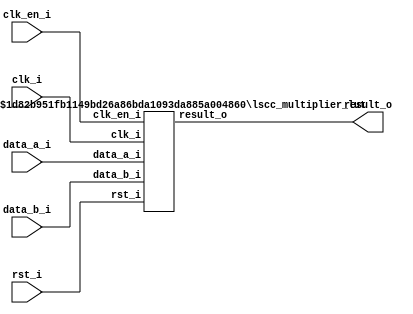
// =============================================================================
// >>>>>>>>>>>>>>>>>>>>>>>>> COPYRIGHT NOTICE <<<<<<<<<<<<<<<<<<<<<<<<<<<<<<<<<<
// -----------------------------------------------------------------------------
//   Copyright (c) 2017 by Lattice Semiconductor Corporation
//   ALL RIGHTS RESERVED
// -----------------------------------------------------------------------------
//
//   Permission:
//
//      Lattice SG Pte. Ltd. grants permission to use this code
//      pursuant to the terms of the Lattice Reference Design License Agreement.
//
//
//   Disclaimer:
//
//      This VHDL or Verilog source code is intended as a design reference
//      which illustrates how these types of functions can be implemented.
//      It is the user's responsibility to verify their design for
//      consistency and functionality through the use of formal
//      verification methods.  Lattice provides no warranty
//      regarding the use or functionality of this code.
//
// -----------------------------------------------------------------------------
//
//                  Lattice SG Pte. Ltd.
//                  101 Thomson Road, United Square #07-02
//                  Singapore 307591
//
//
//                  TEL: 1-800-Lattice (USA and Canada)
//                       +65-6631-2000 (Singapore)
//                       +1-503-268-8001 (other locations)
//
//                  web: http://www.latticesemi.com/
//
// -----------------------------------------------------------------------------
//
// =============================================================================
//                         FILE DETAILS
// Project               :
// Title                 :
// Dependencies          :
// Description           : A two-input multiplier that performs signed/unsigned
//                       : multiplication of the data from inputs data_a_i and
//                       : data_b_i with an optional constant multiplier. The
//                       : output result_o carries the Product of the
//                       : multiplication operation.
// =============================================================================
//                        REVISION HISTORY
// Version               : 1.0.0.
// Author(s)             :
// Mod. Date             :
// Changes Made          : Initial release.
// =============================================================================

`ifndef LSCC_MULTIPLIER
`define LSCC_MULTIPLIER
module lscc_multiplier #
// -----------------------------------------------------------------------------
// Module Parameters
// -----------------------------------------------------------------------------
(
parameter                    USE_COEFF = 0,
parameter [31:0]             COEFF     = 32'd2,
parameter integer            A_WIDTH   = 9,
parameter integer            B_WIDTH   = 9,
parameter                    A_SIGNED  = "on",
parameter                    B_SIGNED  = "on",
parameter                    USE_IREG  = "on",
parameter                    USE_OREG  = "on",
parameter integer            PIPELINES = 1,
parameter                    IMPL      = "LUT"
)
// -----------------------------------------------------------------------------
// Input/Output Ports
// -----------------------------------------------------------------------------
(
                             clk_i,
                             clk_en_i,
                             rst_i,
                             data_a_i,
                             data_b_i,
                             result_o
);

// -----------------------------------------------------------------------------
// Local Parameters
// -----------------------------------------------------------------------------
localparam                   C_SIGN         = COEFF[31];
localparam                   COEFF_EN       = (USE_COEFF == 0) ? 1'b0 : 1'b1;
localparam [31:0]            COEFF_ABS      = {(COEFF ^ {32{C_SIGN}}) + C_SIGN};
localparam integer           C_WDT          = clog2(COEFF_ABS);
localparam integer           X_WDT          = COEFF_EN ? C_WDT : B_WIDTH;
localparam integer           M_WDT          = (A_WIDTH + X_WDT);

// -----------------------------------------------------------------------------
// Input/Output Declarations
// -----------------------------------------------------------------------------
input                        clk_i;
input                        clk_en_i;
input                        rst_i;
input [A_WIDTH-1:0]          data_a_i;
input [B_WIDTH-1:0]          data_b_i;
output wire [M_WDT-1:0]      result_o;

// -----------------------------------------------------------------------------
// Generate Module Instantiations
// -----------------------------------------------------------------------------
generate
  if (IMPL == "LUT") begin
    lscc_multiplier_lut #(
      .USE_COEFF             (USE_COEFF),
      .COEFF                 (COEFF),
      .A_WIDTH               (A_WIDTH),
      .B_WIDTH               (B_WIDTH),
      .A_SIGNED              (A_SIGNED),
      .B_SIGNED              (B_SIGNED),
      .USE_IREG              (USE_IREG),
      .USE_OREG              (USE_OREG),
      .PIPELINES             (PIPELINES)
    )
    u_lscc_multiplier_lut (
      .clk_i                 (clk_i),
      .clk_en_i              (clk_en_i),
      .rst_i                 (rst_i),
      .data_a_i              (data_a_i[A_WIDTH-1:0]),
      .data_b_i              (data_b_i[B_WIDTH-1:0]),
      .result_o              (result_o[M_WDT-1:0])
    );
  end
  else begin
    lscc_multiplier_dsp #(
      .USE_COEFF             (USE_COEFF),
      .COEFF                 (COEFF),
      .A_WIDTH               (A_WIDTH),
      .B_WIDTH               (B_WIDTH),
      .A_SIGNED              (A_SIGNED),
      .B_SIGNED              (B_SIGNED),
      .USE_IREG              (USE_IREG),
      .USE_OREG              (USE_OREG),
      .PIPELINES             (PIPELINES)
    )
    u_lscc_multiplier_dsp (
      .clk_i                 (clk_i),
      .clk_en_i              (clk_en_i),
      .rst_i                 (rst_i),
      .data_a_i              (data_a_i[A_WIDTH-1:0]),
      .data_b_i              (data_b_i[B_WIDTH-1:0]),
      .result_o              (result_o[M_WDT-1:0])
    );
  end
endgenerate

// -----------------------------------------------------------------------------
// Function Definition
// -----------------------------------------------------------------------------
function integer clog2;
  input integer value;
  integer       val;
  begin
    val = (value < 1) ? 1 : value;
    for (clog2 = 0 ; val > 0 ; clog2 = clog2 + 1)
      val = (val >> 1);
  end
endfunction

endmodule

// =============================================================================
// Submodule             : lscc_multiplier_lut.v
// =============================================================================
module lscc_multiplier_lut #
// -----------------------------------------------------------------------------
// Module Parameters
// -----------------------------------------------------------------------------
(
parameter                    USE_COEFF = 0,
parameter [31:0]             COEFF     = 32'd2,
parameter integer            A_WIDTH   = 9,
parameter integer            B_WIDTH   = 9,
parameter                    A_SIGNED  = "on",
parameter                    B_SIGNED  = "on",
parameter                    USE_IREG  = "on",
parameter                    USE_OREG  = "on",
parameter integer            PIPELINES = 1
)
// -----------------------------------------------------------------------------
// Input/Output Ports
// -----------------------------------------------------------------------------
(
                             clk_i,
                             clk_en_i,
                             rst_i,
                             data_a_i,
                             data_b_i,
                             result_o
);

// -----------------------------------------------------------------------------
// Local Parameters
// -----------------------------------------------------------------------------
localparam                   A_SIGN         = (A_SIGNED == "on") ? 1'b1 : 1'b0;
localparam                   B_SIGN         = (B_SIGNED == "on") ? 1'b1 : 1'b0;
localparam                   C_SIGN         = COEFF[31];
localparam                   COEFF_EN       = (USE_COEFF == 0) ? 1'b0 : 1'b1;
localparam [31:0]            COEFF_ABS      = {(COEFF ^ {32{C_SIGN}}) + C_SIGN};
localparam integer           C_WDT          = clog2(COEFF_ABS);
localparam integer           X_WDT          = COEFF_EN ? C_WDT : B_WIDTH ;
localparam integer           M_WDT          = (A_WIDTH + X_WDT);
localparam                   A_WDT_GT_X_WDT = (COEFF_EN | (A_WIDTH > B_WIDTH));
localparam integer           MAX_WDT        = A_WDT_GT_X_WDT ? A_WIDTH : B_WIDTH ;
localparam integer           PIPES          = (PIPELINES > MAX_WDT) ? MAX_WDT : PIPELINES;
localparam integer           SFT_WDT        = (PIPES > 1) ? (MAX_WDT/PIPES) : MAX_WDT;
localparam [C_WDT-1:0]       C_VAL          = COEFF        ;
localparam [A_WIDTH-1:0]     A_VAL_0        = {A_WIDTH{1'b0}};
localparam [B_WIDTH-1:0]     B_VAL_0        = {B_WIDTH{1'b0}};
localparam [M_WDT-1:0]       M_VAL_0        = {M_WDT{1'b0}};

// -----------------------------------------------------------------------------
// Input/Output Declarations
// -----------------------------------------------------------------------------
input                        clk_i;
input                        clk_en_i;
input                        rst_i;
input [A_WIDTH-1:0]          data_a_i;
input [B_WIDTH-1:0]          data_b_i;
output reg [M_WDT-1:0]       result_o;

// -----------------------------------------------------------------------------
// Combinatorial/Sequential Registers
// -----------------------------------------------------------------------------
reg [A_WIDTH-1:0]            A_reg;
reg [B_WIDTH-1:0]            B_reg;

// -----------------------------------------------------------------------------
// Wire Declarations
// -----------------------------------------------------------------------------
wire [M_WDT-1:0]             AxB_i /*synthesis syn_multstyle="logic"*/;

wire                         A_neg = (A_SIGN & A_reg[A_WIDTH-1]);
wire                         B_neg = (B_SIGN & B_reg[B_WIDTH-1]);
wire signed [A_WIDTH:0]      A_se  = {A_neg , A_reg};
wire signed [B_WIDTH:0]      B_se  = {B_neg , B_reg};
wire signed [C_WDT:0]        C_se  = {C_SIGN, C_VAL};
wire signed [X_WDT:0]        X_se  = USE_COEFF ? C_se : B_se ;

// -----------------------------------------------------------------------------
// Generate Combinatorial/Sequential Blocks
// -----------------------------------------------------------------------------
generate
  if (USE_IREG == "on") begin : U_I_REG_ON
    // -----------------
    // Sequential Input
    // -----------------
    always @ (posedge clk_i or posedge rst_i) begin
      if (rst_i) begin
        A_reg <= A_VAL_0;
        B_reg <= B_VAL_0;
      end
      else if (clk_en_i) begin
        A_reg <= data_a_i;
        B_reg <= data_b_i;
      end
    end
  end  // U_I_REG_ON
  else begin : U_I_REG_OFF
    // --------------------
    // Combinatorial Input
    // --------------------
    always @* begin
      A_reg = data_a_i;
      B_reg = data_b_i;
    end
  end  // U_I_REG_OFF
endgenerate

generate
  if (PIPES > 0) begin : U_PIPELINES_GT_0
    // -------------------------------------------------------------------------
    // PIPELINED
    // Multiplication here happens as given below.
    // Reset: All pipes initialized to All 0's
    // Stage 0: Multiply raw inputs with Shift Width on one of them
    // Others : Multiply piped inputs with Shift Width on one of them and
    // accumulate with the value from the previous pipe
    // -------------------------------------------------------------------------
    reg signed [A_WIDTH:0]   cA_pipe [PIPES-1:0];
    reg signed [A_WIDTH:0]   sA_pipe [PIPES-1:0];
    reg signed [A_WIDTH:0]   A_pipe  [PIPES-1:0] /*synthesis syn_ramstyle="registers"*/;
    reg signed [X_WDT:0]     cX_pipe [PIPES-1:0];
    reg signed [X_WDT:0]     sX_pipe [PIPES-1:0];
    reg signed [X_WDT:0]     X_pipe  [PIPES-1:0] /*synthesis syn_ramstyle="registers"*/;

    reg signed [M_WDT-1:0]   pp_pipe  [PIPES-1:0] /*synthesis syn_multstyle="logic"*/;
    reg signed [M_WDT-1:0]   spp_pipe [PIPES-1:0];
    reg signed [M_WDT-1:0]   AxB_pipe [PIPES-1:0];

    always @* begin
      A_pipe[0] = A_se;
      X_pipe[0] = X_se;
    end

    integer i;
    always @* begin
      for (i = 0 ; i < (PIPES-1) ; i = i + 1) begin
        if (A_WDT_GT_X_WDT) begin
          sA_pipe[i]              = {A_WIDTH+1{1'b0}};
          sA_pipe[i][SFT_WDT-1:0] =  A_pipe[i][SFT_WDT-1:0];
          sX_pipe[i]              =  X_pipe[i];
          cX_pipe[i]              =  X_pipe[i];
          cA_pipe[i]              = (A_pipe[i] >>> SFT_WDT);
        end
        else begin
          sX_pipe[i]              = {X_WDT+1{1'b0}};
          sX_pipe[i][SFT_WDT-1:0] =  X_pipe[i][SFT_WDT-1:0];
          sA_pipe[i]              =  A_pipe[i];
          cA_pipe[i]              =  A_pipe[i];
          cX_pipe[i]              = (X_pipe[i] >>> SFT_WDT);
        end
      end
      sA_pipe[PIPES-1] =  A_pipe[PIPES-1];
      sX_pipe[PIPES-1] =  X_pipe[PIPES-1];
    end

    integer j;
    always @* begin
      for (j = 0 ; j < PIPES ; j = j + 1) begin
        pp_pipe[j]  = (sA_pipe[j] * sX_pipe[j]);
        spp_pipe[j] = (pp_pipe[j] << (j*SFT_WDT));
      end
    end

    integer k;
    always @ (posedge clk_i or posedge rst_i) begin
      if (rst_i) begin
        for (k = 1 ; k < PIPES ; k = k + 1) begin
          A_pipe[k]   <= {A_WIDTH+1{1'b0}};
          X_pipe[k]   <= {X_WDT+1{1'b0}};
          AxB_pipe[k] <= M_VAL_0;
        end
        AxB_pipe[0] <= M_VAL_0;
      end
      else if (clk_en_i) begin
        for (k = 1 ; k < PIPES ; k = k + 1) begin
          A_pipe[k]   <= cA_pipe[k-1];
          X_pipe[k]   <= cX_pipe[k-1];
          AxB_pipe[k] <= {AxB_pipe[k-1] + spp_pipe[k]};
        end
        AxB_pipe[0] <= spp_pipe[0];
      end
    end

    assign AxB_i = AxB_pipe[PIPES-1];

  end  // U_PIPELINES_GT_0
  else begin : U_PIPELINES_EQ_0
    // --------------
    // Combinatorial
    // --------------
    assign AxB_i = (A_se * X_se);
  end  // U_PIPELINES_EQ_0
endgenerate

generate
  if (USE_OREG == "on") begin : U_O_REG_ON
    // ------------------
    // Sequential Output
    // ------------------
    always @ (posedge clk_i or posedge rst_i) begin
      if (rst_i) begin
        result_o <= M_VAL_0;
      end
      else if (clk_en_i) begin
        result_o <= AxB_i;
      end
    end
  end  // U_O_REG_ON
  else begin : U_O_REG_OFF
    // ---------------------
    // Combinatorial Output
    // ---------------------
    always @* begin
      result_o = AxB_i;
    end
  end  // U_O_REG_OFF
endgenerate

// -----------------------------------------------------------------------------
// Function Definition
// -----------------------------------------------------------------------------
function integer clog2;
  input integer value;
  integer       val;
  begin
    val = (value < 1) ? 1 : value;
    for (clog2 = 0 ; val > 0 ; clog2 = clog2 + 1)
      val = (val >> 1);
  end
endfunction

endmodule

// =============================================================================
// Submodule             : lscc_multiplier_dsp.v
// =============================================================================
module lscc_multiplier_dsp #
// -----------------------------------------------------------------------------
// Module Parameters
// -----------------------------------------------------------------------------
(
parameter                    USE_COEFF = 1'b0,
parameter [31:0]             COEFF     = 32'd2,
parameter integer            A_WIDTH   = 9,
parameter integer            B_WIDTH   = 9,
parameter                    A_SIGNED  = "on",
parameter                    B_SIGNED  = "on",
parameter                    USE_IREG  = "on",
parameter                    USE_OREG  = "on",
parameter integer            PIPELINES = 1
)
// -----------------------------------------------------------------------------
// Input/Output Ports
// -----------------------------------------------------------------------------
(
                             clk_i,
                             clk_en_i,
                             rst_i,
                             data_a_i,
                             data_b_i,
                             result_o
);

// -----------------------------------------------------------------------------
// Local Parameters
// -----------------------------------------------------------------------------
localparam                   A_SIGN         = (A_SIGNED == "on") ? 1'b1 : 1'b0;
localparam                   B_SIGN         = (B_SIGNED == "on") ? 1'b1 : 1'b0;
localparam                   C_SIGN         = COEFF[31];
localparam                   COEFF_EN       = (USE_COEFF == 0) ? 1'b0 : 1'b1;
localparam [31:0]            COEFF_ABS      = {(COEFF ^ {32{C_SIGN}}) + C_SIGN};
localparam integer           C_WDT          = clog2(COEFF_ABS);
localparam integer           X_WDT          = COEFF_EN ? C_WDT : B_WIDTH ;
localparam integer           M_WDT          = (A_WIDTH + X_WDT);
localparam                   A_WDT_GT_X_WDT = (COEFF_EN | (A_WIDTH > B_WIDTH));
localparam integer           MAX_WDT        = A_WDT_GT_X_WDT ? A_WIDTH : B_WIDTH ;
localparam integer           PIPES          = (PIPELINES > MAX_WDT) ? MAX_WDT : PIPELINES;
localparam integer           SFT_WDT        = (PIPES > 1) ? (MAX_WDT/PIPES) : MAX_WDT;
localparam [C_WDT-1:0]       C_VAL          = COEFF        ;
localparam [A_WIDTH-1:0]     A_VAL_0        = {A_WIDTH{1'b0}};
localparam [B_WIDTH-1:0]     B_VAL_0        = {B_WIDTH{1'b0}};
localparam [M_WDT-1:0]       M_VAL_0        = {M_WDT{1'b0}};

// -----------------------------------------------------------------------------
// Input/Output Declarations
// -----------------------------------------------------------------------------
input                        clk_i;
input                        clk_en_i;
input                        rst_i;
input [A_WIDTH-1:0]          data_a_i;
input [B_WIDTH-1:0]          data_b_i;
output reg [M_WDT-1:0]       result_o;

// -----------------------------------------------------------------------------
// Combinatorial/Sequential Registers
// -----------------------------------------------------------------------------
reg [A_WIDTH-1:0]            A_reg;
reg [B_WIDTH-1:0]            B_reg;

// -----------------------------------------------------------------------------
// Wire Declarations
// -----------------------------------------------------------------------------
wire [M_WDT-1:0]             AxB_i /*synthesis syn_multstyle="DSP"*/;

wire                         A_neg = (A_SIGN & A_reg[A_WIDTH-1]);
wire                         B_neg = (B_SIGN & B_reg[B_WIDTH-1]);
wire signed [A_WIDTH:0]      A_se  = {A_neg , A_reg};
wire signed [B_WIDTH:0]      B_se  = {B_neg , B_reg};
wire signed [C_WDT:0]        C_se  = {C_SIGN, C_VAL};
wire signed [X_WDT:0]        X_se  = USE_COEFF ? C_se : B_se ;

// -----------------------------------------------------------------------------
// Generate Combinatorial/Sequential Blocks
// -----------------------------------------------------------------------------
generate
  if (USE_IREG == "on") begin : U_I_REG_ON
    // -----------------
    // Sequential Input
    // -----------------
    always @ (posedge clk_i or posedge rst_i) begin
      if (rst_i) begin
        A_reg <= A_VAL_0;
        B_reg <= B_VAL_0;
      end
      else if (clk_en_i) begin
        A_reg <= data_a_i;
        B_reg <= data_b_i;
      end
    end
  end  // U_I_REG_ON
  else begin : U_I_REG_OFF
    // --------------------
    // Combinatorial Input
    // --------------------
    always @* begin
      A_reg = data_a_i;
      B_reg = data_b_i;
    end
  end  // U_I_REG_OFF
endgenerate

generate
  if (PIPES > 0) begin : U_PIPELINES_GT_0
    // -------------------------------------------------------------------------
    // PIPELINED
    // Multiplication here happens as given below.
    // Reset: All pipes initialized to All 0's
    // Stage 0: Multiply raw inputs with Shift Width on one of them
    // Others : Multiply piped inputs with Shift Width on one of them and
    // accumulate with the value from the previous pipe
    // -------------------------------------------------------------------------
    reg signed [A_WIDTH:0]   cA_pipe [PIPES-1:0];
    reg signed [A_WIDTH:0]   sA_pipe [PIPES-1:0];
    reg signed [A_WIDTH:0]   A_pipe  [PIPES-1:0] /*synthesis syn_ramstyle="registers"*/;
    reg signed [X_WDT:0]     cX_pipe [PIPES-1:0];
    reg signed [X_WDT:0]     sX_pipe [PIPES-1:0];
    reg signed [X_WDT:0]     X_pipe  [PIPES-1:0] /*synthesis syn_ramstyle="registers"*/;

    reg signed [M_WDT-1:0]   pp_pipe  [PIPES-1:0] /*synthesis syn_multstyle="DSP"*/;
    reg signed [M_WDT-1:0]   spp_pipe [PIPES-1:0];
    reg signed [M_WDT-1:0]   AxB_pipe [PIPES-1:0];

    always @* begin
      A_pipe[0] = A_se;
      X_pipe[0] = X_se;
    end

    integer i;
    always @* begin
      for (i = 0 ; i < (PIPES-1) ; i = i + 1) begin
        if (A_WDT_GT_X_WDT) begin
          sA_pipe[i]              = {A_WIDTH+1{1'b0}};
          sA_pipe[i][SFT_WDT-1:0] =  A_pipe[i][SFT_WDT-1:0];
          sX_pipe[i]              =  X_pipe[i];
          cX_pipe[i]              =  X_pipe[i];
          cA_pipe[i]              = (A_pipe[i] >>> SFT_WDT);
        end
        else begin
          sX_pipe[i]              = {X_WDT+1{1'b0}};
          sX_pipe[i][SFT_WDT-1:0] =  X_pipe[i][SFT_WDT-1:0];
          sA_pipe[i]              =  A_pipe[i];
          cA_pipe[i]              =  A_pipe[i];
          cX_pipe[i]              = (X_pipe[i] >>> SFT_WDT);
        end
      end
      sA_pipe[PIPES-1] =  A_pipe[PIPES-1];
      sX_pipe[PIPES-1] =  X_pipe[PIPES-1];
    end

    integer j;
    always @* begin
      for (j = 0 ; j < PIPES ; j = j + 1) begin
        pp_pipe[j]  = (sA_pipe[j] * sX_pipe[j]);
        spp_pipe[j] = (pp_pipe[j] << (j*SFT_WDT));
      end
    end

    integer k;
    always @ (posedge clk_i or posedge rst_i) begin
      if (rst_i) begin
        for (k = 1 ; k < PIPES ; k = k + 1) begin
          A_pipe[k]   <= {A_WIDTH+1{1'b0}};
          X_pipe[k]   <= {X_WDT+1{1'b0}};
          AxB_pipe[k] <= M_VAL_0;
        end
        AxB_pipe[0] <= M_VAL_0;
      end
      else if (clk_en_i) begin
        for (k = 1 ; k < PIPES ; k = k + 1) begin
          A_pipe[k]   <= cA_pipe[k-1];
          X_pipe[k]   <= cX_pipe[k-1];
          AxB_pipe[k] <= {AxB_pipe[k-1] + spp_pipe[k]};
        end
        AxB_pipe[0] <= spp_pipe[0];
      end
    end

    assign AxB_i = AxB_pipe[PIPES-1];

  end  // U_PIPELINES_GT_0
  else begin : U_PIPELINES_EQ_0
    // --------------
    // Combinatorial
    // --------------
    assign AxB_i = (A_se * X_se);
  end  // U_PIPELINES_EQ_0
endgenerate

generate
  if (USE_OREG == "on") begin : U_O_REG_ON
    // ------------------
    // Sequential Output
    // ------------------
    always @ (posedge clk_i or posedge rst_i) begin
      if (rst_i) begin
        result_o <= M_VAL_0;
      end
      else if (clk_en_i) begin
        result_o <= AxB_i;
      end
    end
  end  // U_O_REG_ON
  else begin : U_O_REG_OFF
    // ---------------------
    // Combinatorial Output
    // ---------------------
    always @* begin
      result_o = AxB_i;
    end
  end  // U_O_REG_OFF
endgenerate

// -----------------------------------------------------------------------------
// Function Definition
// -----------------------------------------------------------------------------
function integer clog2;
  input integer value;
  integer       val;
  begin
    val = (value < 1) ? 1 : value;
    for (clog2 = 0 ; val > 0 ; clog2 = clog2 + 1)
      val = (val >> 1);
  end
endfunction

endmodule
// =============================================================================
// lscc_multiplier.v
// =============================================================================
`endif